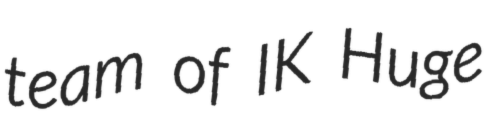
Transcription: team of IK Huge